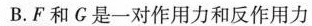
B.F和G是一对作用力和反作用力